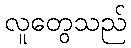
လူတွေသည်